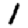
Digit: 1